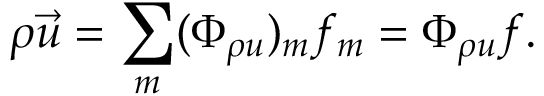
\rho \vec { u } = \sum _ { m } ( \Phi _ { \rho u } ) _ { m } f _ { m } = \Phi _ { \rho u } f .